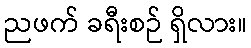
ညဖက် ခရီးစဉ် ရှိလား။